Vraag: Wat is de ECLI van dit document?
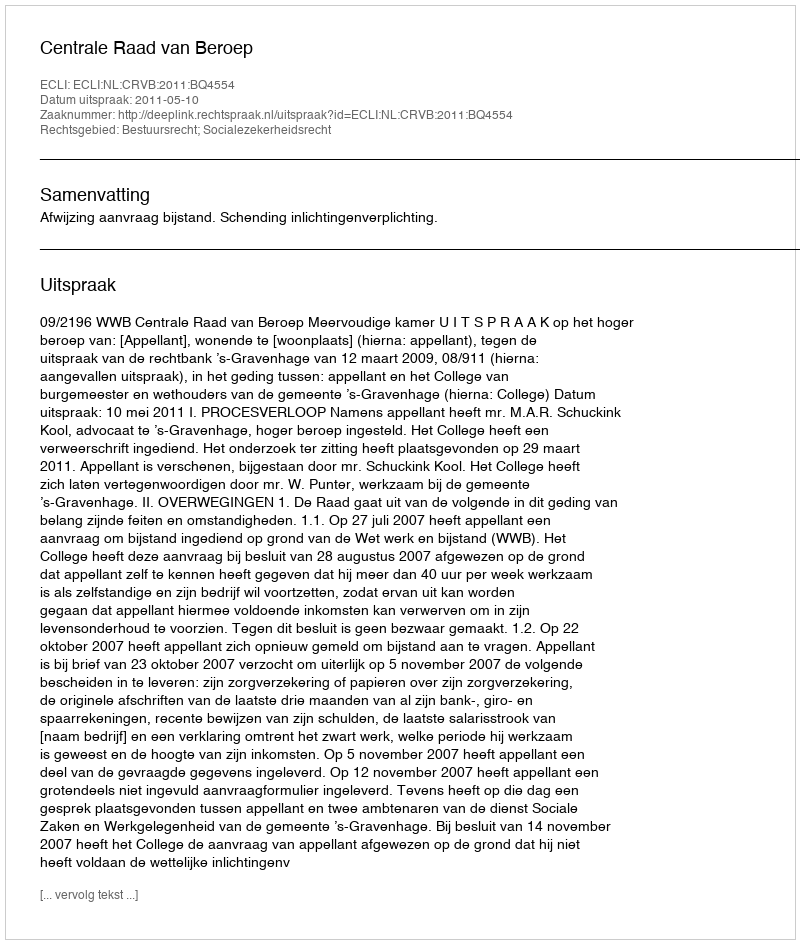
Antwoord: ECLI:NL:CRVB:2011:BQ4554